Annual returns of the Patna Lunatic Asylum at Bankipore in Bihar and Orissa - 1912-1924
Year: 1912
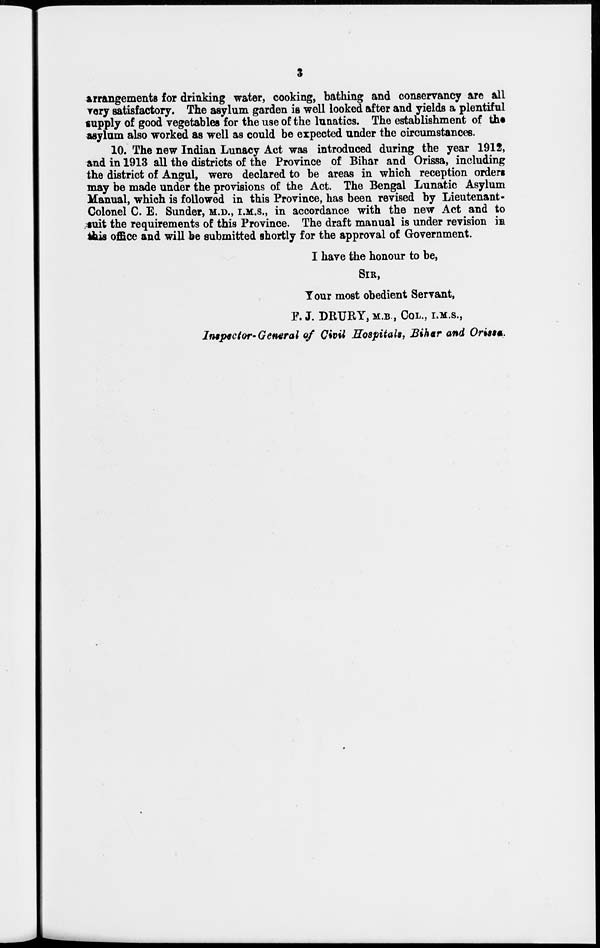
3
arrangements for drinking water, cooking, bathing and conservancy are all
very satisfactory. The asylum garden is well looked after and yields a plentiful
supply of good vegetables for the use of the lunatics. The establishment of the
asylum also worked as well as could be expected under the circumstances.
10. The new Indian Lunacy Act was introduced during the year 1912,
and in 1913 all the districts of the Province of Bihar and Orissa, including
the district of Angul, were declared to be areas in which reception orders
may be made under the provisions of the Act. The Bengal Lunatic Asylum
Manual, which is followed in this Province, has been revised by Lieutenant-
Colonel C. E. Sunder, M.D., I.M.S., in accordance with the new Act and to
suit the requirements of this Province. The draft manual is under revision in
this office and will be submitted shortly for the approval of Government.
I have the honour to be,
SIR,
Your most obedient Servant,
F.J. DRURY, M.B , COL., I.M.S.,
Inspector- General of Civil Hospitals, Bihar and Orissa.